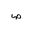
Letter: _sad